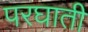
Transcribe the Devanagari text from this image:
परघाती